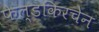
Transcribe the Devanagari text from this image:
फेल्डकिरचेन